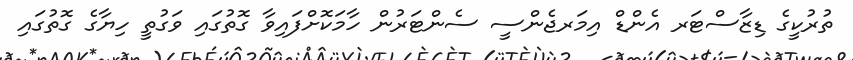
ތުރުކީގެ ޑިޒާސްޓަރ އެންޑް އިމަރޖެންސީ ސެންޓަރުން ހާމަކޮށްފައިވާ ގޮތުގައި ވަގުތީ ހިޔާގެ ގޮތުގައި